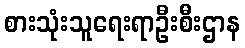
စားသုံးသူရေးရာဦးစီးဌာန